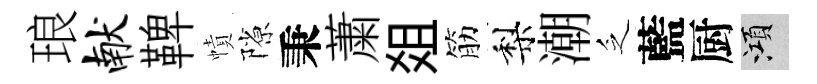
琅献鞞幘隙秉䔥爼筋梨潮乏藍厨澒